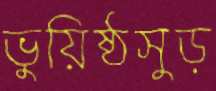
ভুয়িষ্ঠসুড়